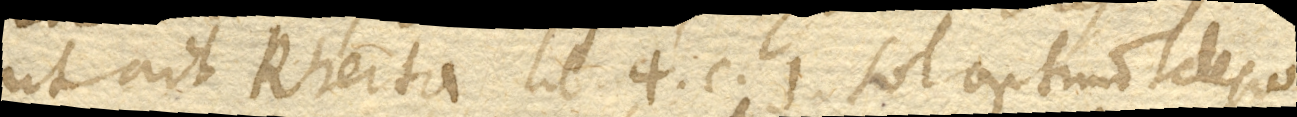
ut ait Rheita lib. 4. c. 1. Sol optimo Telesco–